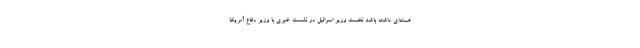
هسته‌ای داشته باشد نخست وزیر اسرائیل در نشست خبری با وزیر دفاع آمریکا